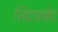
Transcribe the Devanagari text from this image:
सिदधवेद